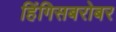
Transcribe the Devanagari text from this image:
हिंगिसबरोबर